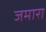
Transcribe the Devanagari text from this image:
जमारा